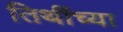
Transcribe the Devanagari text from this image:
तिथींच्या